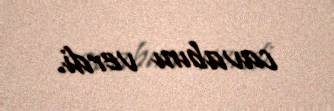
cavabını verdi.